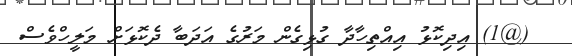
(@1) އިދިކޮޅު އިއްތިހާދާ ގުޅިގެން މަރުގެ އަދަބާ ދެކޮޅަށް މަލީހްވެސް